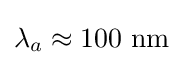
\lambda _{a}\approx 100~\mathrm {nm}